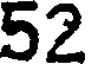
52